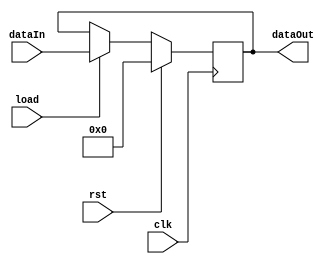
module reg4bit(dataIn, load, rst, clk, dataOut);
	input[3:0] dataIn;
	input load, rst, clk;
	output reg [3:0] dataOut;
	always@(posedge clk)
	begin
		if(rst)
			dataOut <= 4'b0000;
		else if(load)
			dataOut <= dataIn;
		else
			dataOut <= dataOut;
	end
endmodule